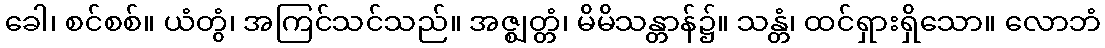
ခေါ၊ စင်စစ်။ ယံတွံ၊ အကြင်သင်သည်။ အဇ္ဈတ္တံ၊ မိမိသန္တာန်၌။ သန္တံ၊ ထင်ရှားရှိသော။ လောဘံ